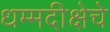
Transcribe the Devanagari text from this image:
धम्मदीक्षेचे